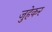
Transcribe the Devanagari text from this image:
जुहेकर